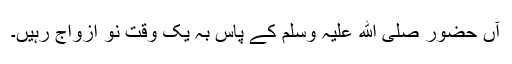
آں حضور صلی ﷲ علیہ وسلم کے پاس بہ یک وقت نو ازواج رہیں۔